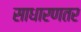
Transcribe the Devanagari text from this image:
साधारणतर